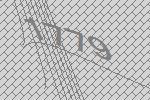
1779